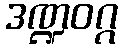
ဒဏ္ဍဝဂ္ဂ